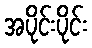
အပိုင်းပိုင်း